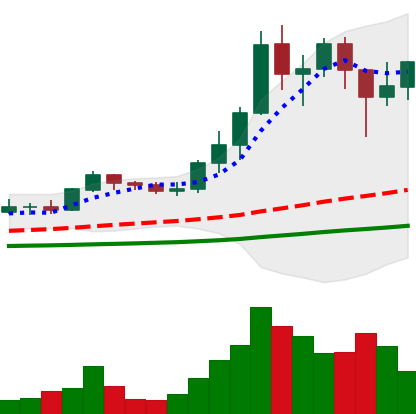
Ticker: ADA-USD
Chart end date: 2021-01-13
Forward return: 18.437%
Label: up_7plus